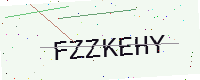
Text: FZZKEHY